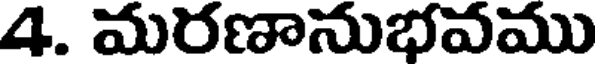
4. మరణానుభవము